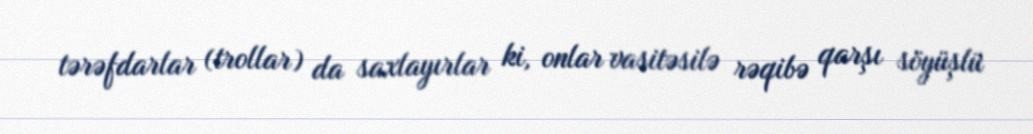
tərəfdarlar (trollar) da saxlayırlar ki, onlar vasitəsilə rəqibə qarşı söyüşlü